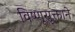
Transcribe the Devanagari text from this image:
विष्णूसूक्ताने